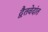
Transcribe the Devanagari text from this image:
द्वैतवेदांत